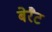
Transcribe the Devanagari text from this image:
बेरैट